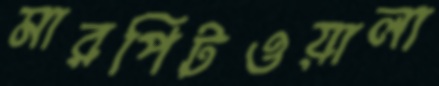
মারপিটওয়ালা